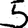
Digit: 5